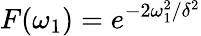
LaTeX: F(\omega_{1})=e^{-2\omega_{1}^{2}/\delta^{2}}